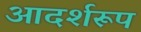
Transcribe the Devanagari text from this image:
आदर्शरूप